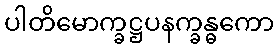
ပါတိမောက္ခဋ္ဌပနက္ခန္ဓကော